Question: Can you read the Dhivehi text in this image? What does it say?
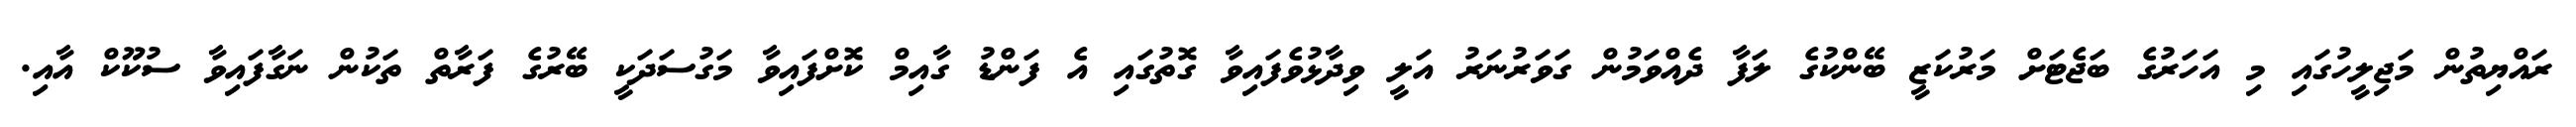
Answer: ރައްޔިތުން މަޖިލީހުގައި މި އަހަރުގެ ބަޖެޓަށް މަރުކަޒީ ބޭންކުގެ ލަފާ ދެއްވަމުން ގަވަރުނަރު އަލީ ވިދާޅުވެފައިވާ ގޮތުގައި އެ ފަންޑު ގާއިމް ކޮށްފައިވާ މަގުސަދަކީ ބޭރުގެ ފަރާތް ތަކުން ނަގާފައިވާ ސުކޫކް އާއި.